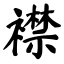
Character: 襟